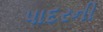
પાદરની